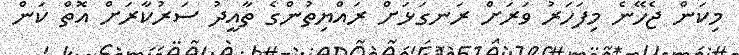
މިކަން ޖެހޭނެ މިފަހަރު ވަރަށް ރަނގަޅަށް ރައްޔިތުންގެ ތާއީދު ސަރުކާރަށް އޮތް ކަން